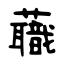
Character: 蘵